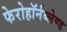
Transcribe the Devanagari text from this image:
फेरोहॉर्नब्लेण्ड